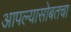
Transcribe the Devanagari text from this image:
आपल्यासोबतचा